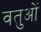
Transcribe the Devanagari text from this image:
वतुओं